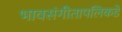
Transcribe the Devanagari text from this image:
भावसंगीतापलिकडे